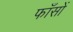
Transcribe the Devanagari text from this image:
फाँसों